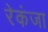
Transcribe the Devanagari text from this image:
रेकंजा